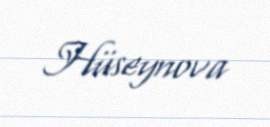
Hüseynova